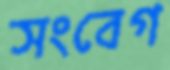
সংবেগ